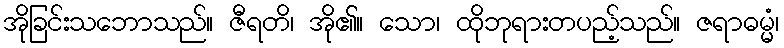
အိုခြင်းသဘောသည်။ ဇီရတိ၊ အို၏။ သော၊ ထိုဘုရားတပည့်သည်။ ဇရာဓမ္မံ၊